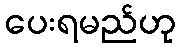
ပေးရမည်ဟု